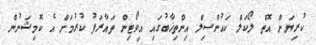
ކުރިޔަށް އޮތް ލޯކަލް ކައުންސިލް އިންތިޚާބުގައި އީވޯޓިން ތައާރަފު ކުރުމަށް އެ ކޮމިޝަނުން